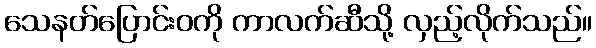
သေနတ်ပြောင်းဝကို ကာလက်ဆီသို့ လှည့်လိုက်သည်။